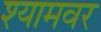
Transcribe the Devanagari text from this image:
श्यामवर